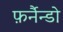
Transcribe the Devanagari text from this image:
फ़र्नैन्डो